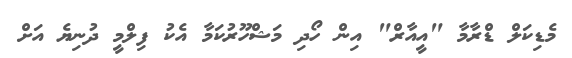
މެޑިކަލް ޑްރާމާ "އީއާރް" އިން ހޯދި މަޝްހޫރުކަމާ އެކު ފިލްމީ ދުނިޔެ އަށް